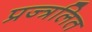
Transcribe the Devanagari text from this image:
प्रज्त्रलित